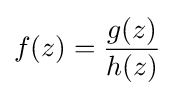
f(z)={\frac {g(z)}{h(z)}}